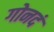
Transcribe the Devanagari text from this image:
गोनदं